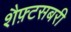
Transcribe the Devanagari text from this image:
शैफ़्टसबरी